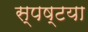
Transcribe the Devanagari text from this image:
स्पष्टया